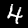
Label: 4